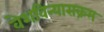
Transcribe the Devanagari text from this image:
वेशविन्यासक्रम